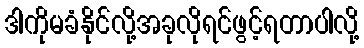
ဒါကိုမခံနိုင်လို့အခုလိုရင်ဖွင့်ရတာပါလို့